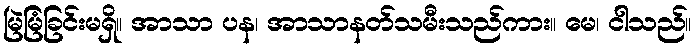
မြဲမြံခြင်းမရှိ။ အာသာ ပန၊ အာသာနတ်သမီးသည်ကား။ မေ၊ ငါသည်။